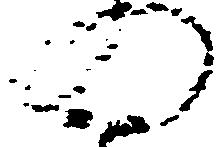
の